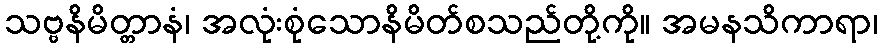
သဗ္ဗနိမိတ္တာနံ၊ အလုံးစုံသောနိမိတ်စသည်တို့ကို။ အမနသိကာရာ၊